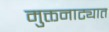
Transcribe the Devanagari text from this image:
मुक्तनाट्यात